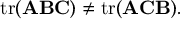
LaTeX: \operatorname { t r } ( \mathbf { A } \mathbf { B } \mathbf { C } ) \neq \operatorname { t r } ( \mathbf { A } \mathbf { C } \mathbf { B } ) .